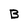
Character: B